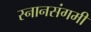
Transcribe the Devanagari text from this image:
स्नानसंगमी